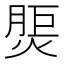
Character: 𤋝